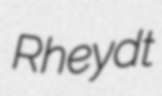
Rheydt